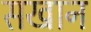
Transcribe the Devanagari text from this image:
सखान